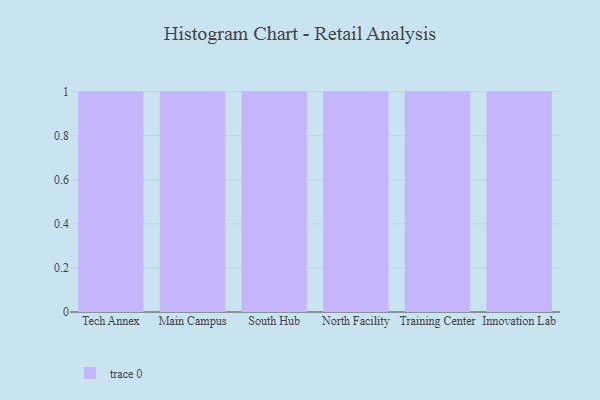
{"axis": {"x": "Campus", "y": "Population (Million)"}, "legend": [""], "data": [{"x": "Tech Annex", "y": 27, "type": ""}, {"x": "Main Campus", "y": 70, "type": ""}, {"x": "South Hub", "y": 95, "type": ""}, {"x": "North Facility", "y": 90, "type": ""}, {"x": "Training Center", "y": 100, "type": ""}, {"x": "Innovation Lab", "y": 43, "type": ""}]}